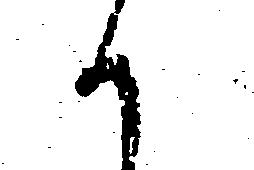
候